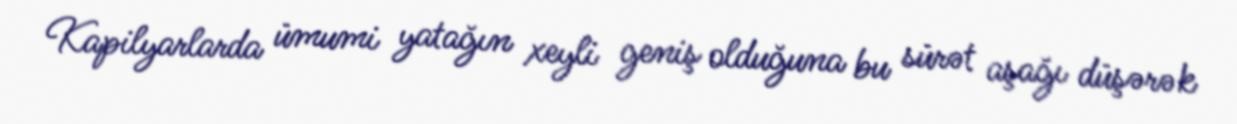
Kapilyarlarda ümumi yatağın xeyli geniş olduğuna bu sürət aşağı düşərək